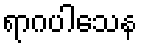
ရာဂပါသေန